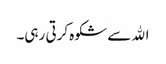
اﷲ سے شکوہ کرتی رہی۔